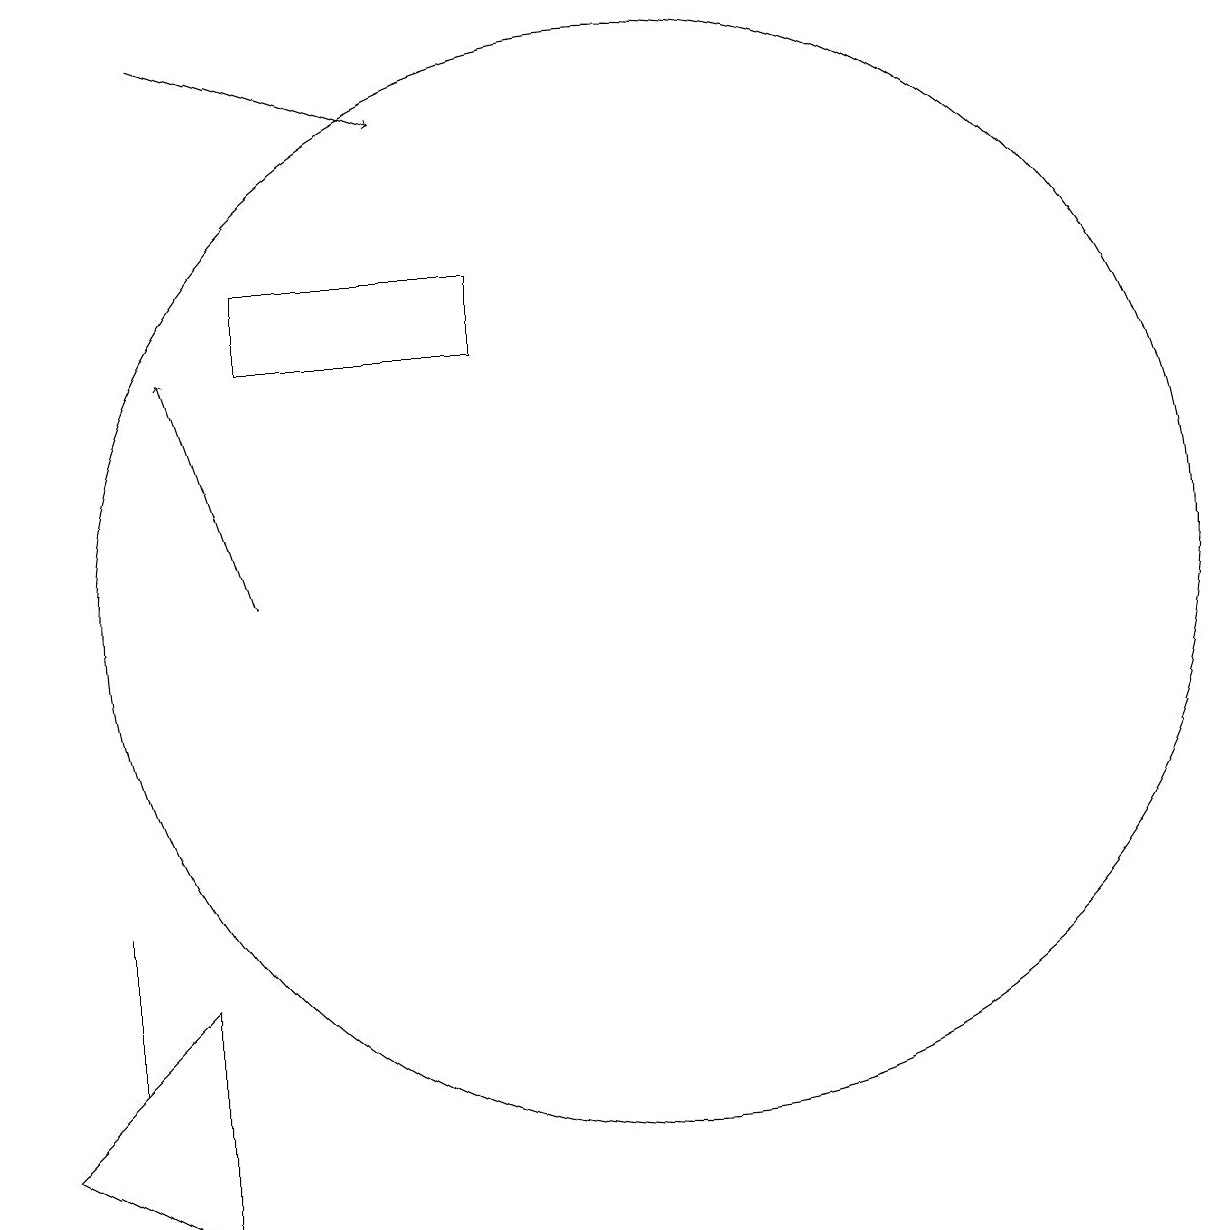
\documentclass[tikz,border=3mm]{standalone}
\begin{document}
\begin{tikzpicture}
\draw[->] (5,17) -- (8,16);
\draw (9,13) rectangle (6,14);
\draw[->] (6,10) -- (5,13);
\draw (11,10) circle (7);
\draw (4,4) -- (4,5) -- (4,6) -- cycle;
\draw (5,2) -- (3,3) -- (5,5) -- cycle;
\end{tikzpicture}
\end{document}